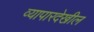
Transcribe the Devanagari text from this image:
व्यापारदेखील